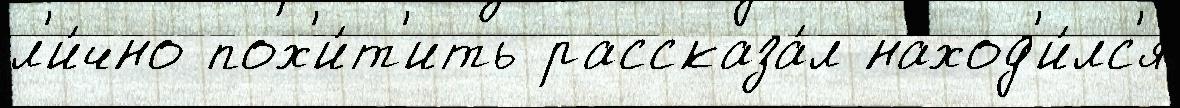
л'и́чно пох'и́т'ить рассказа́л наход'и́лс'я